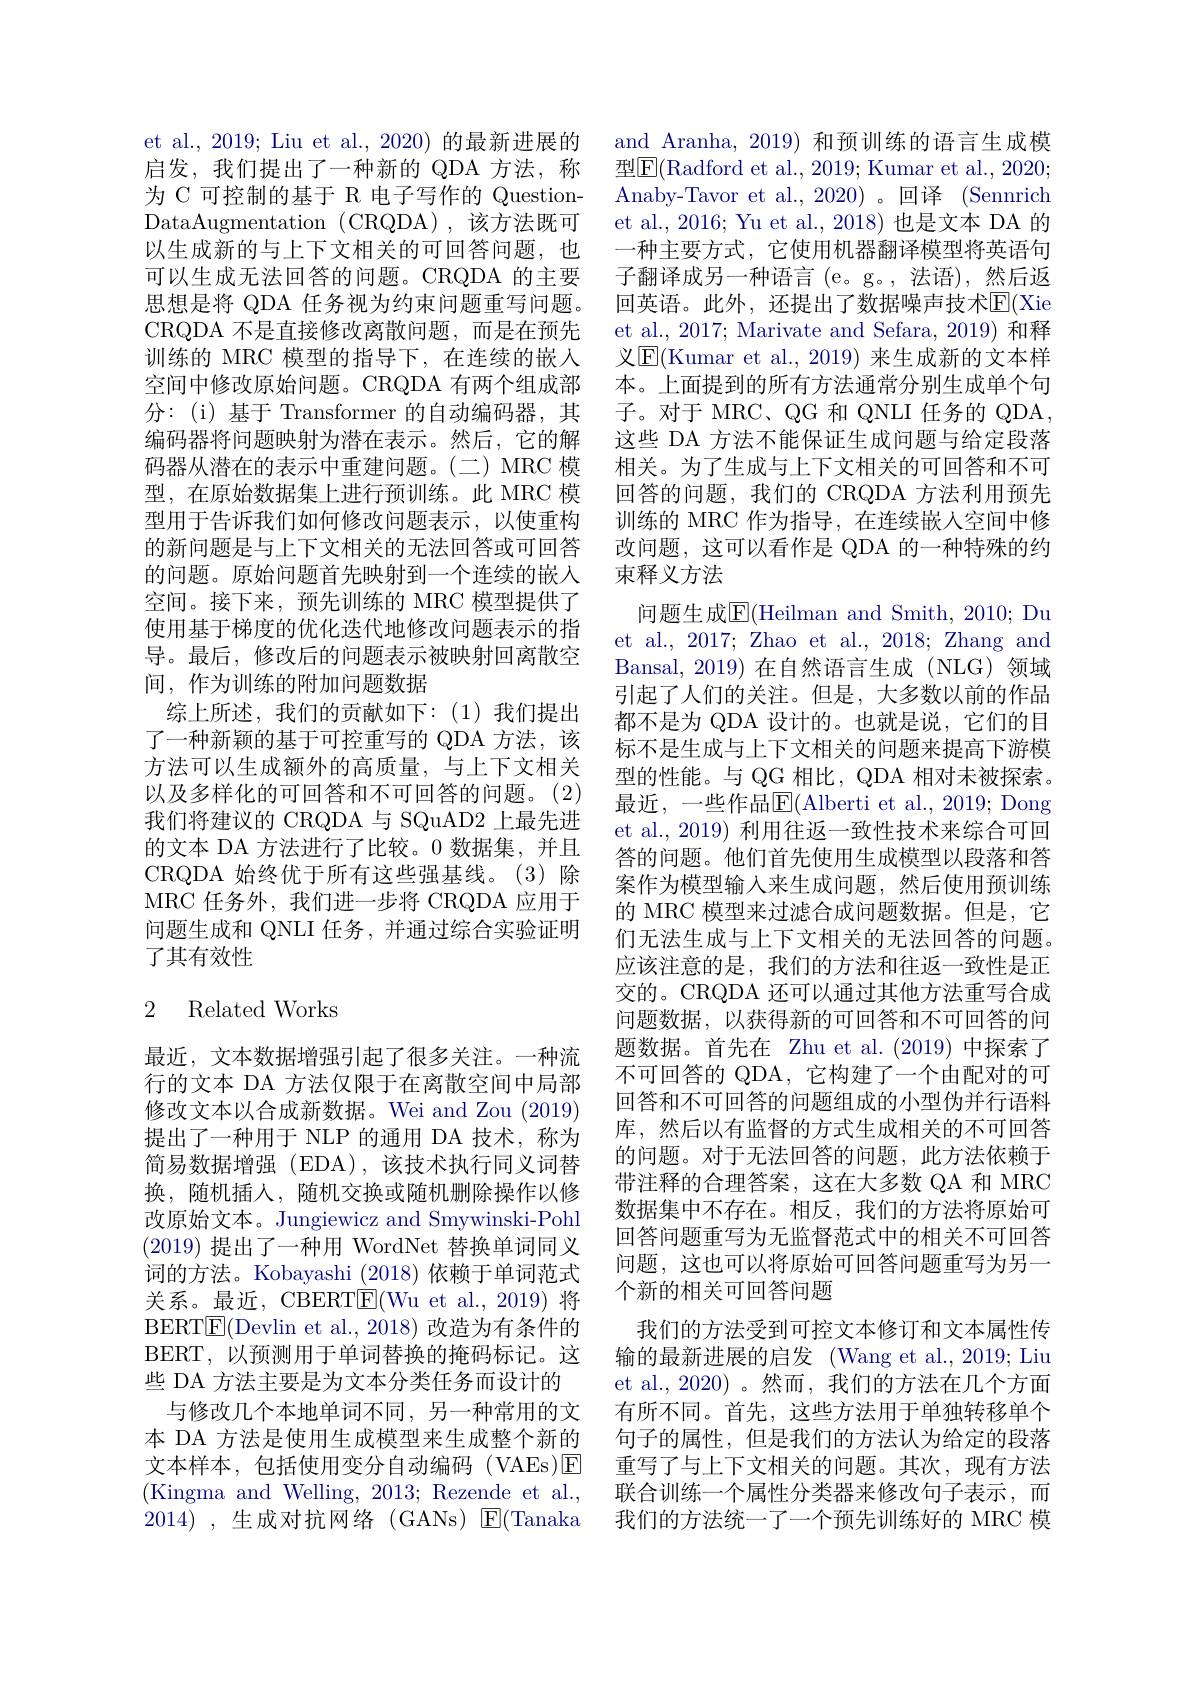
et al., 2019; Liu et al., 2020) 的最新进展的启发，我们提出了一种新的 QDA 方法，称为 C 可控制的基于 R 电子写作的 QuestionDataAugmentation (CRQDA),该方法既可以生成新的与上下文相关的可回答问题，也可以生成无法回答的问题。CRQDA 的主要思想是将 QDA 任务视为约束问题重写问题。CRQDA 不是直接修改离散问题，而是在预先训练的 MRC 模型的指导下，在连续的嵌入空间中修改原始问题。CRQDA 有两个组成部分：(i)基于 Transformer 的自动编码器，其编码器将问题映射为潜在表示。然后，它的解码器从潜在的表示中重建问题。(二)MRC 模型，在原始数据集上进行预训练。此 MRC 模型用于告诉我们如何修改问题表示，以使重构的新问题是与上下文相关的无法回答或可回答的问题。原始问题首先映射到一个连续的嵌入空间。接下来，预先训练的 MRC 模型提供了使用基于梯度的优化迭代地修改问题表示的指导。最后，修改后的问题表示被映射回离散空间，作为训练的附加问题数据
综上所述，我们的贡献如下：(1)我们提出了一种新颖的基于可控重写的 QDA 方法，该方法可以生成额外的高质量，与上下文相关以及多样化的可回答和不可回答的问题。(2) 我们将建议的 CRQDA 与 SQuAD2 上最先进的文本 DA 方法进行了比较。0 数据集，并且CRQDA 始终优于所有这些强基线。(3)除MRC 任务外，我们进一步将 CRQDA 应用于问题生成和 QNLI 任务，并通过综合实验证明了其有效性

# 2 Related Works

最近，文本数据增强引起了很多关注。一种流行的文本 DA 方法仅限于在离散空间中局部修改文本以合成新数据。Wei and Zou (2019) 提出了一种用于 NLP 的通用 DA 技术，称为简易数据增强(EDA),该技术执行同义词替换，随机插入，随机交换或随机删除操作以修改原始文本。Jungiewicz and Smywinski-Pohl (2019)提出了一种用 WordNet 替换单词同义词的方法。Kobayashi (2018)依赖于单词范式关系。最近，CBERT$\overline {\mathrm{F} }$( Wu et al. , 2019) 将BERT$\boxed{\mathrm{E}}($Devlin et al., 2018) 改造为有条件的BERT,以预测用于单词替换的掩码标记。这些 DA 方法主要是为文本分类任务而设计的
与修改几个本地单词不同，另一种常用的文本 DA 方法是使用生成模型来生成整个新的文本样本，包括使用变分自动编码(VAEs)$\boxed{\mathrm{E}}$ (Kingma and Welling, 2013; Rezende et al., 2014),生成对抗网络(GANs)$\boxtimes$E(Tanaka

and Aranha, 2019) 和预训练的语言生成模型$\boxed{\mathrm{F}}($Radford et al., 2019; Kumar et al., 2020; Anaby-Tavor et al., 2020) 。回译 (Sennrich et al., 2016; Yu et al., 2018) 也是文本 DA 的一种主要方式，它使用机器翻译模型将英语句子翻译成另一种语言(e。g。,法语),然后返回英语。此外，还提出了数据噪声技术$\overline{\mathbb{E}}($Xie et al., 2017; Marivate and Sefara, 2019) 和释义$\mathbb{E}($Kumar et al.,2019) 来生成新的文本样本。上面提到的所有方法通常分别生成单个句子。对于 MRC、QG 和 QNLI 任务的 QDA, 这些 DA 方法不能保证生成问题与给定段落相关。为了生成与上下文相关的可回答和不可回答的问题，我们的 CRQDA 方法利用预先训练的 MRC 作为指导，在连续嵌人空间中修改问题，这可以看作是 QDA 的一种特殊的约束释义方法
问题生成$\overline{\mathrm{E}}($Heilman and Smith, 2010; Du et al., 2017; Zhao et al., 2018; Zhang and Bansal, 2019) 在自然语言生成 (NLG)领域引起了人们的关注。但是，大多数以前的作品都不是为 QDA 设计的。也就是说，它们的目标不是生成与上下文相关的问题来提高下游模型的性能。与 QG 相比，QDA 相对未被探索。最近，一些作品E$( Alberti et al. , 2019; Dong$ et al., 2019) 利用往返一致性技术来综合可回答的问题。他们首先使用生成模型以段落和答案作为模型输入来生成问题，然后使用预训练的 MRC 模型来过滤合成问题数据。但是，它们无法生成与上下文相关的无法回答的问题。应该注意的是，我们的方法和往返一致性是正交的。CRQDA 还可以通过其他方法重写合成问题数据，以获得新的可回答和不可回答的问题数据。首先在 Zhu et al.(2019)中探索了不可回答的 QDA, 它构建了一个由配对的可回答和不可回答的问题组成的小型伪并行语料库，然后以有监督的方式生成相关的不可回答的问题。对于无法回答的问题，此方法依赖于带注释的合理答案，这在大多数 QA 和 MRC 数据集中不存在。相反，我们的方法将原始可回答问题重写为无监督范式中的相关不可回答问题，这也可以将原始可回答问题重写为另一个新的相关可回答问题
我们的方法受到可控文本修订和文本属性传输的最新进展的启发 (Wang et al.,2019; Liu et al., 2020) 。然而，我们的方法在几个方面有所不同。首先，这些方法用于单独转移单个句子的属性，但是我们的方法认为给定的段落重写了与上下文相关的问题。其次，现有方法联合训练一个属性分类器来修改句子表示，而我们的方法统一了一个预先训练好的 MRC 模